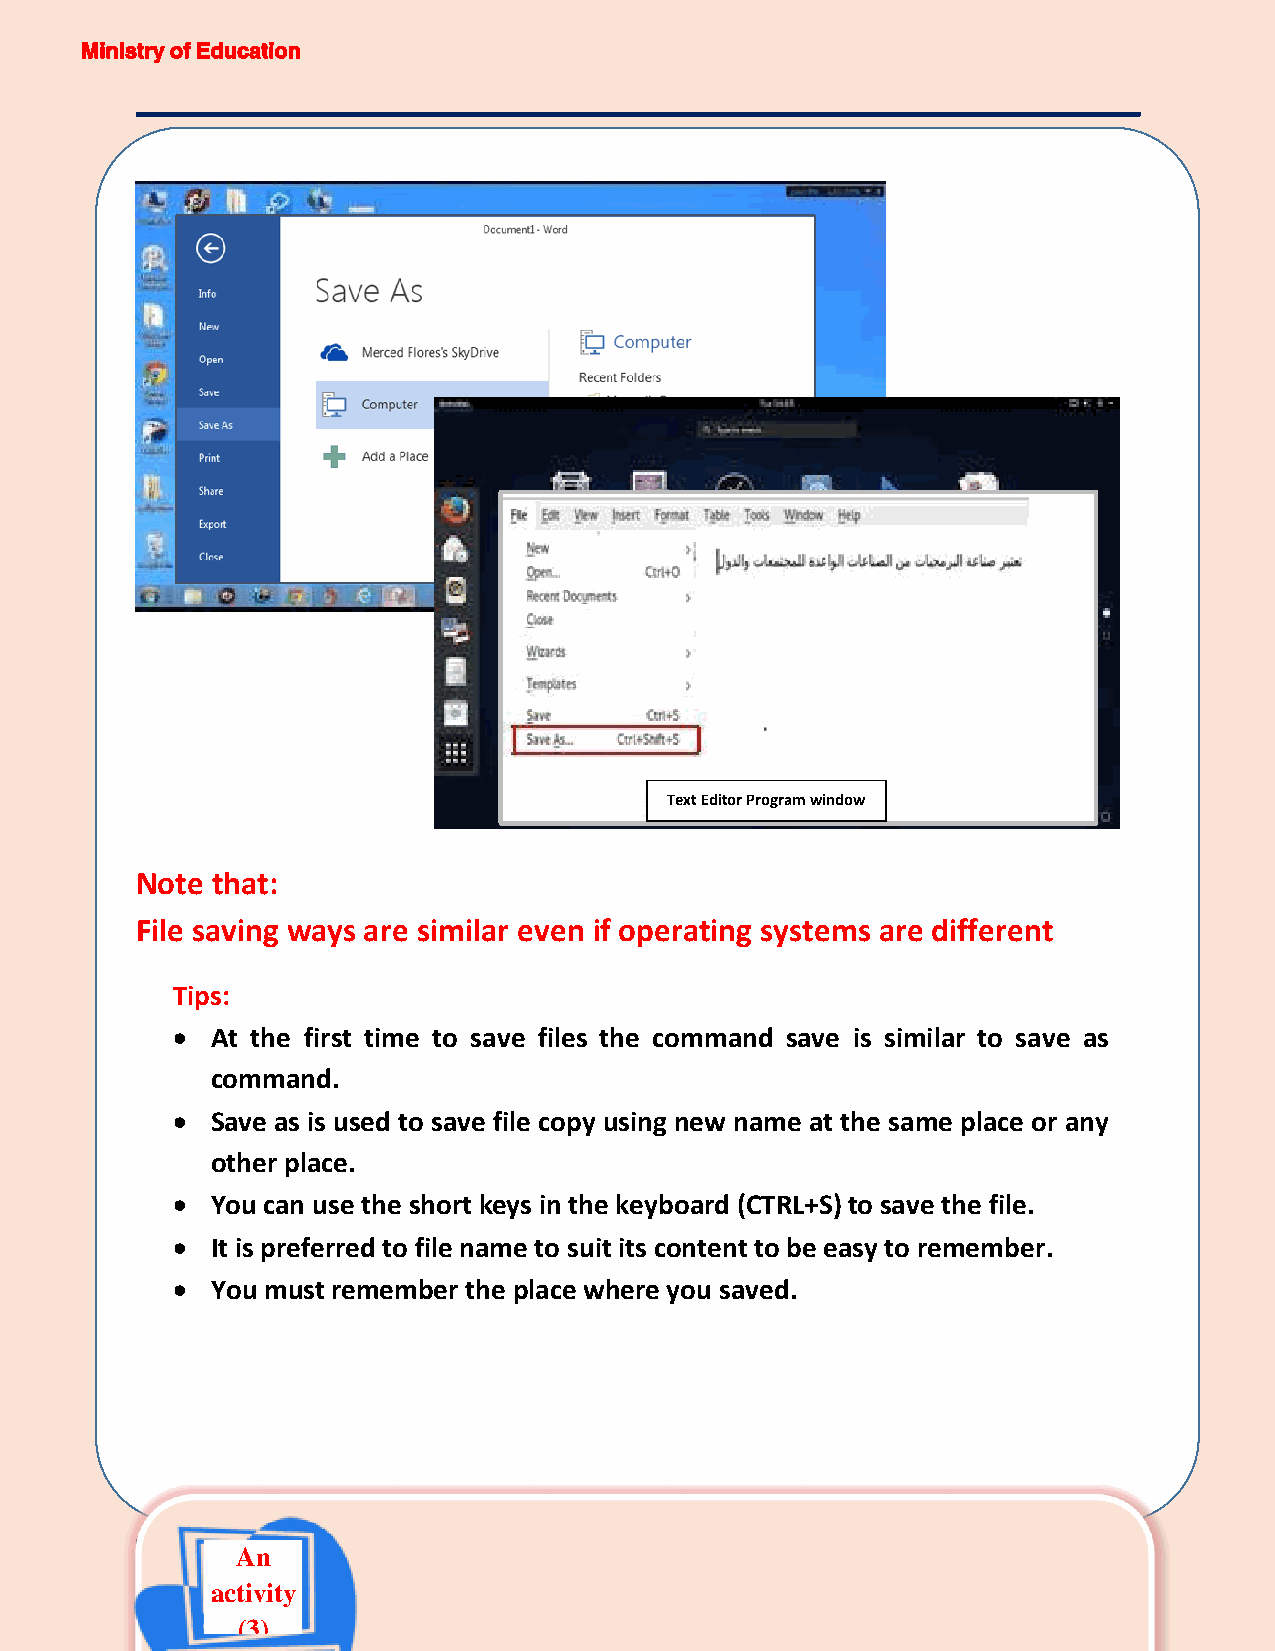
Ministry of Education
 Text Editor Program window
 Note that:
 File saving ways are similar even if operating systems are different
 Tips:
   At the first time to save files the command save is similar to save as
 command.
   Save as is used to save file copy using new name at the same place or any
 other place.
   You can use the short keys in the keyboard (CTRL+S) to save the file.
   It is preferred to file name to suit its content to be easy to remember.
   You must remember the place where you saved.
 An
 The First Prep                                               47
 activity
 (3)